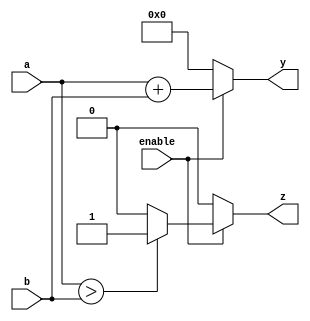
module combinational_logic (
    input  wire [3:0] a,       // Example input signal
    input  wire [3:0] b,       // Example input signal
    input  wire enable,        // A control signal
    output reg  [3:0] y,       // Example output signal
    output reg  z              // Example output signal
);

always @(*) begin
    if (enable) begin
        // Example combinational logic
        y = a + b;            // Output y is the sum of a and b
        z = (a > b) ? 1'b1 : 1'b0; // Output z is high if a is greater than b
    end else begin
        y = 4'b0000;          // If not enabled, output y is zero
        z = 1'b0;             // If not enabled, output z is zero
    end
end

endmodule